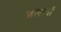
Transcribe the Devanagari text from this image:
शांकवों